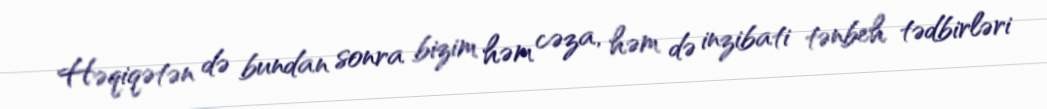
Həqiqətən də bundan sonra bizim həm cəza, həm də inzibati tənbeh tədbirləri